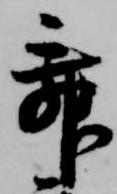
舞